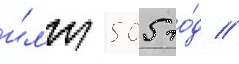
и́л'и 505 го́д //